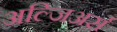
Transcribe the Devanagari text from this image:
अल्जिअर्स